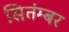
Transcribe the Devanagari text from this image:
सितंम्बर